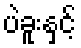
ပဲခူးနှင့်